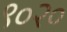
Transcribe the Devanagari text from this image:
९०२०